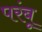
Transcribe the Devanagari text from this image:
परंबू